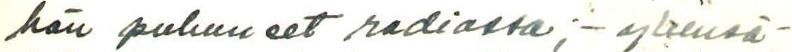
hän puhuneet radiossa; - yleensä-